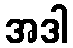
အဒါ